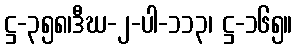
ဋ္ဌ-၃၅၈၊ဒီဃ-၂-ပါ-၁၁၃၊ ဋ္ဌ-၁၆၅။